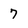
Character: 7